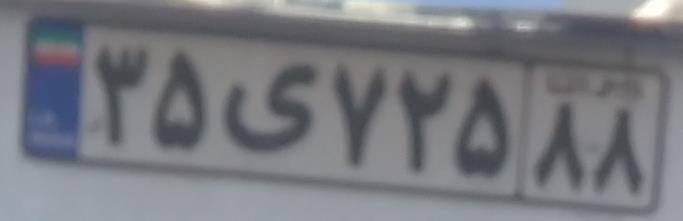
۳۵ی۷۲۵۸۸